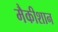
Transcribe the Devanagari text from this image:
मैकीशान